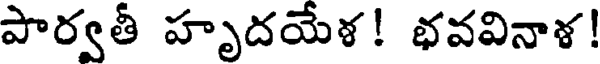
పార్వతీ హృదయేళ! భవవినాళ!